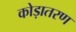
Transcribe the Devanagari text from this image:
कोड़ातरण